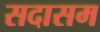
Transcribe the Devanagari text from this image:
सदासम